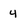
Character: 4